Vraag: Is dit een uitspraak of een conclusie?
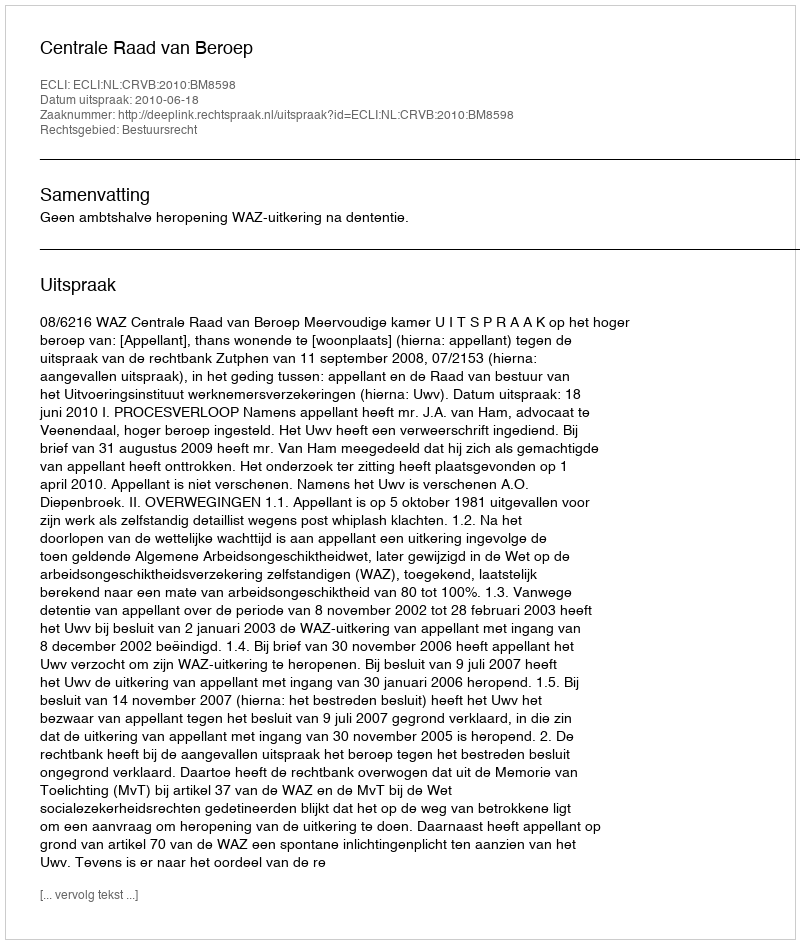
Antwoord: Uitspraak